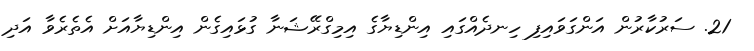
21. ސަރުކާރުން އަންގަވައިފި ހިނދެއްގައި އިންޑިޔާގެ އިމިގްރޭޝަނާ ގުޅައިގެން އިންޑިޔާއަށް އެތެރެވާ އަދި